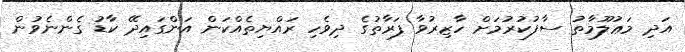
އަދި މަޢުލޫމާތު ސާފުކުރުމަށް ހާޒިރުވާ ފަރާތުގެ ދިވެހި ރައްޔިތެއްކަން އަންގައިދޭ ކާޑު ގެންނެވުން